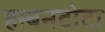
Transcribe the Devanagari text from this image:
हम्बनटोटा